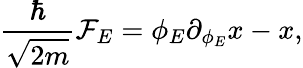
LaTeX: {\frac{\hbar}{\sqrt{2m}}}{\cal F}_{E}=\phi_{E}\partial_{\phi_{E}}x-x,